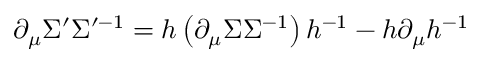
\partial _ { \mu } \Sigma ^ { \prime } \Sigma ^ { \prime - 1 } = h \left( \partial _ { \mu } \Sigma \Sigma ^ { - 1 } \right) h ^ { - 1 } - h \partial _ { \mu } h ^ { - 1 }